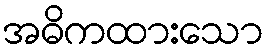
အဓိကထားသော